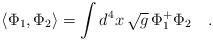
LaTeX: \begin{align*}\langle \Phi_1,\Phi_2\rangle=\int d^4x \,\sqrt{g}\, \Phi^{+}_1\Phi_2~~~.\end{align*}